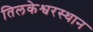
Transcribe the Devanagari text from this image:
तिलकेश्वरस्थान